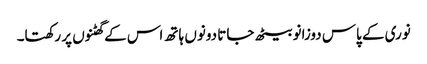
نوری کے پاس دوزانو بیٹھ جاتا دونوں ہاتھ اس کے گھٹنوں پر رکھتا۔